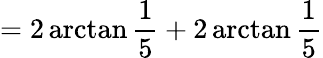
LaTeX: =2\arctan{\frac{1}{5}}+2\arctan{\frac{1}{5}}